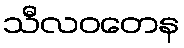
သီလဝတေန